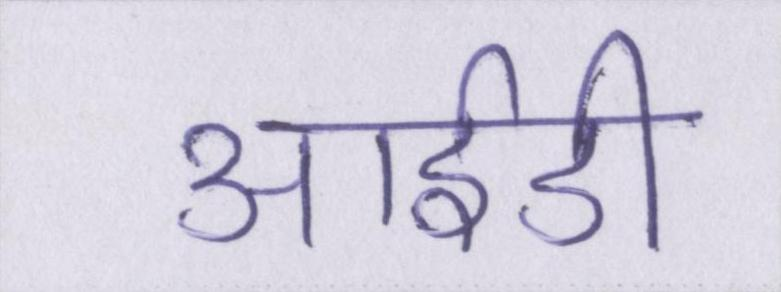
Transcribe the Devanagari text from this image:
आईडी